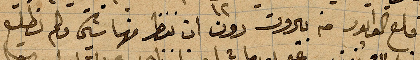
قلع الوابور من بيروت دون ان ننظر منها شيء ولم نطلع